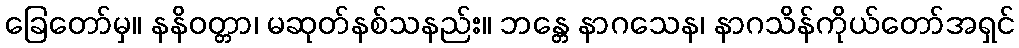
ခြေတော်မှ။ နနိဝတ္တာ၊ မဆုတ်နစ်သနည်း။ ဘန္တေ နာဂသေန၊ နာဂသိန်ကိုယ်တော်အရှင်